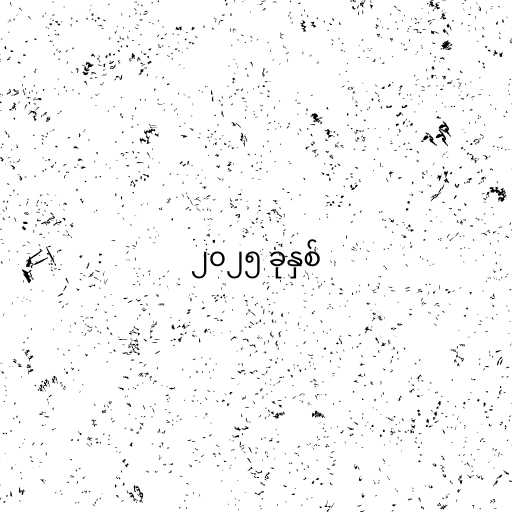
၂၀၂၅ ခုနှစ်